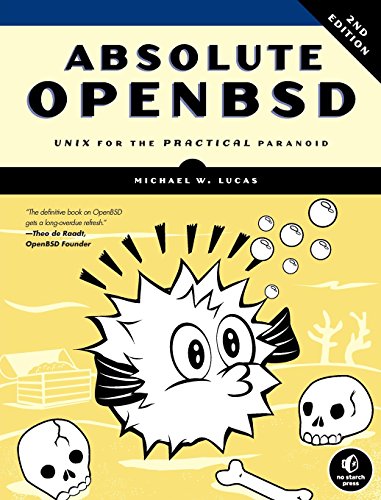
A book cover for Absolute OpenBSD: Unix for the Practical Paranoid; Michael W. Lucas; Computers & Technology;